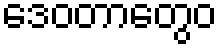
ဒေဝတာတွေဝ